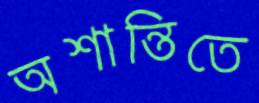
অশান্তিতে